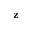
\mathbf { z }